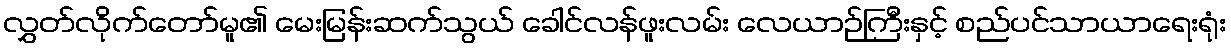
လွှတ်လိုက်တော်မူ၏ မေးမြန်းဆက်သွယ် ခေါင်လန်ဖူးလမ်း လေယာဉ်ကြီးနှင့် စည်ပင်သာယာရေးရုံး